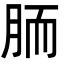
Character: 胹